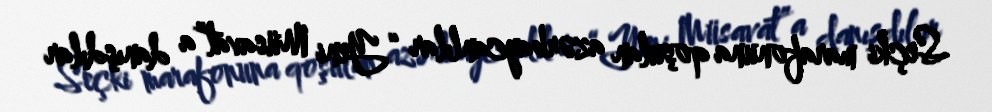
Seçki marafonuna qoşulan azərbaycanlılar “Yeni Müsavat”a danışdılar